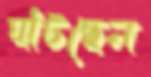
ঘাঁটছেন